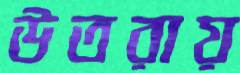
উতরায়